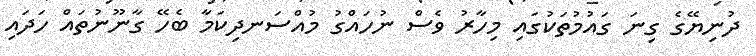
ދުނިޔޭގެ ގިނަ ގައުމުތަަކުގައި މިހާރު ވެސް ނުހައްގު މުއްސަނދިކަމާ ބެހޭ ގާނޫނުތައް ހަދައި